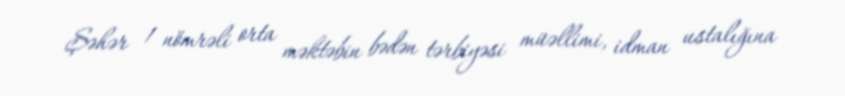
Şəhər 1 nömrəli orta məktəbin bədən tərbiyəsi müəllimi, idman ustalığına